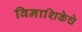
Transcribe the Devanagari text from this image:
विनाशिकेचे